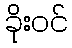
ခိုးဝင်